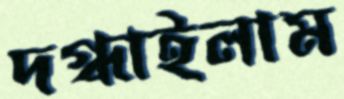
দগ্ধাইলাম